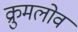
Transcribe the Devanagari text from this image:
क्रुमलोव